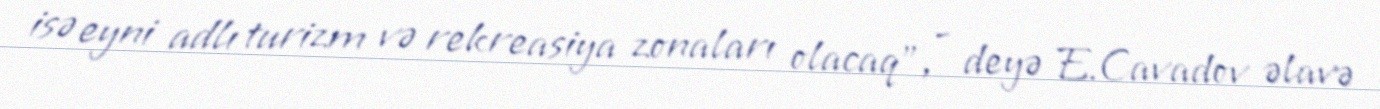
isə eyni adlı turizm və rekreasiya zonaları olacaq", - deyə E.Cavadov əlavə